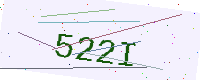
Text: 522I